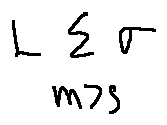
L \sum \limits _ { m > S } \sigma